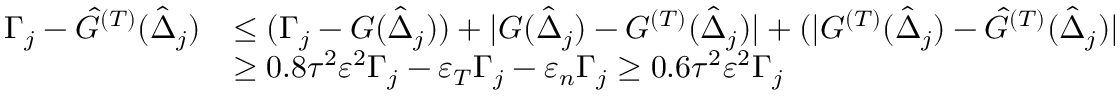
\begin{array} { r l } { \Gamma _ { j } - \hat { G } ^ { ( T ) } ( \hat { \Delta } _ { j } ) } & { \leq ( \Gamma _ { j } - { G } ( \hat { \Delta } _ { j } ) ) + | { G } ( \hat { \Delta } _ { j } ) - { G } ^ { ( T ) } ( \hat { \Delta } _ { j } ) | + ( | { G } ^ { ( T ) } ( \hat { \Delta } _ { j } ) - \hat { G } ^ { ( T ) } ( \hat { \Delta } _ { j } ) | } \\ & { \geq 0 . 8 \tau ^ { 2 } \varepsilon ^ { 2 } \Gamma _ { j } - \varepsilon _ { T } \Gamma _ { j } - \varepsilon _ { n } \Gamma _ { j } \geq 0 . 6 \tau ^ { 2 } \varepsilon ^ { 2 } \Gamma _ { j } } \end{array}